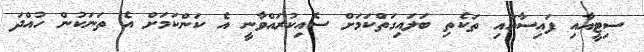
ސިޓީއާއި ފައިސާއާއި ތަކެތި ބަލައިގަތްކަމަށް ސޮއިކުރައްވާނީ އެ ކަންކަމަށް އެ ތަނަކުން ހުއްދަ